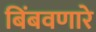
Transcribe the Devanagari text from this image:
बिंबवणारे